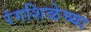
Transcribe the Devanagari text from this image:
रंगशिळेच्या